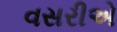
વસરીએ